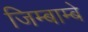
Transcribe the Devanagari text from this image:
जिम्बाम्बे